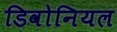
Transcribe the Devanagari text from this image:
डिवोनियल